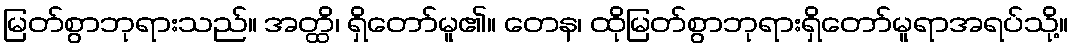
မြတ်စွာဘုရားသည်။ အတ္ထိ၊ ရှိတော်မူ၏။ တေန၊ ထိုမြတ်စွာဘုရားရှိတော်မူရာအရပ်သို့။